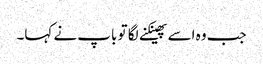
جب وہ اسے پھینکنے لگا تو باپ نے کہا۔